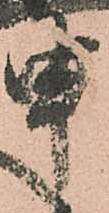
申